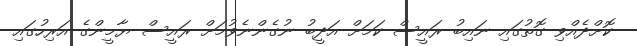
ކޮށްދެއްވި ގޮތުގައި ނައިބު ރައީސް ކަމަށް އަދީބު ނުގެންނެވުމަށް ރައީސް ޔާމީންގެ އަރިހުގައި